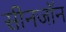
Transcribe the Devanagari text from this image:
सीनजॉन